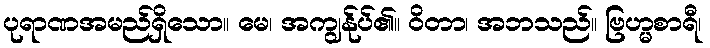
ပုရာဏအမည်ရှိသော။ မေ၊ အကျွန်ုပ်၏။ ဝိတာ၊ အဘသည်။ ဗြဟ္မစာရီ၊